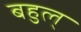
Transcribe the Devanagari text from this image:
बहुल्